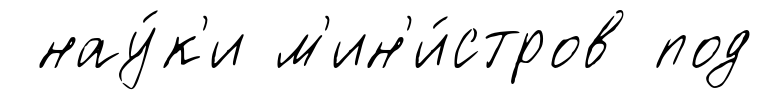
нау́к'и м'ин'и́стров под